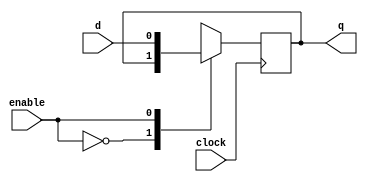
module dff_mux1(input d, input enable, input clock,output reg q);
wire store;
reg op;
assign store=q;
always@(*)
begin 
case(enable)
0 : op=store;
1 : op=d;
endcase
end
always@(posedge clock)
begin
q<=op;
end
endmodule